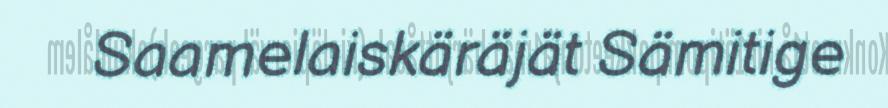
Saamelaiskäräjät Sämitige